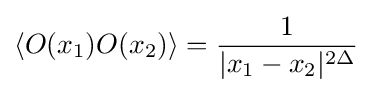
\left\langle O(x_{1})O(x_{2})\right\rangle ={\frac {1}{|x_{1}-x_{2}|^{2\Delta }}}